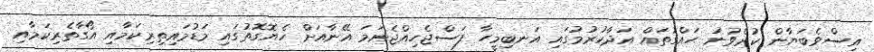
އިސްވެބަޔާން ކުރެވުނު ޙައްގުތައް އަދާކުރުމުގައި އަނބިމީހާ ފަސްޖެހިއްޖެނަމަ އޭނާއަަށް ހެޔޮގޮތުގައި މަޑުމައިތިރިކަމާއި އޯގާތެރިކަމާއި